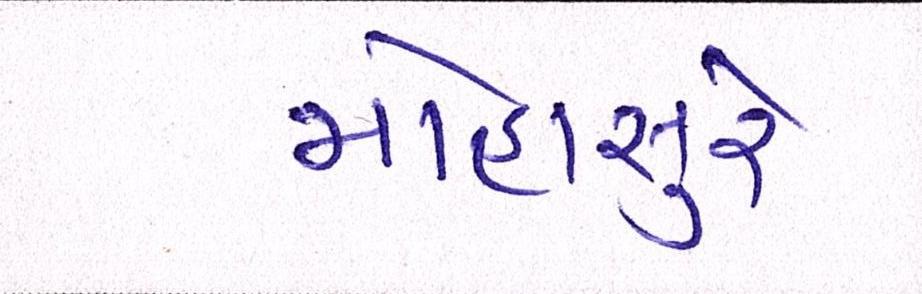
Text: મોહાસુરે